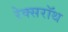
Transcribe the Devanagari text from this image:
रेक्सरॉथ